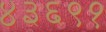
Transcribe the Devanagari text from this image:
४३६९१